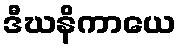
ဒီဃနိကာယေ